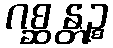
ဂစ္ဆန္တဉ္စ